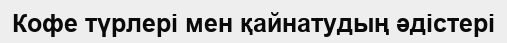
Кофе түрлері мен қайнатудың әдістері